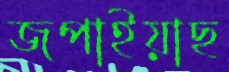
জপাইয়াছ